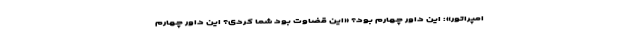
امپراتور»: این داور چهارم بود؟ «این قضاوت بود شما کردی؟ این داور چهارم